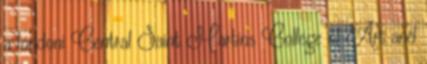
a londoni Central Saint Martins College of Art and